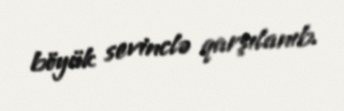
böyük sevinclə qarşılanıb.